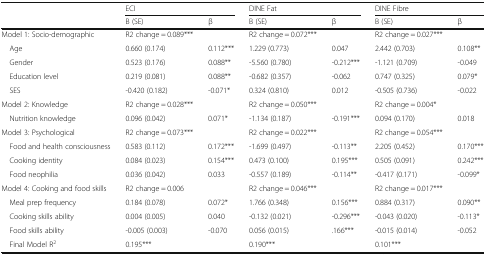
<table><thead><tr><td></td><td colspan="2"><b>ECI</b></td><td colspan="2"><b>DINE Fat</b></td><td colspan="2"><b>DINE Fibre</b></td></tr><tr><td></td><td><b>B (SE)</b></td><td><b>β</b></td><td><b>B (SE)</b></td><td><b>β</b></td><td><b>B (SE)</b></td><td><b>β</b></td></tr></thead><tbody><tr><td>Model 1: Socio-demographic</td><td>R2 change = 0.089***</td><td></td><td>R2 change = 0.072***</td><td></td><td>R2 change = 0.027***</td><td></td></tr><tr><td> Age</td><td>0.660 (0.174)</td><td>0.112***</td><td>1.229 (0.773)</td><td>0.047</td><td>2.442 (0.703)</td><td>0.108**</td></tr><tr><td> Gender</td><td>0.523 (0.176)</td><td>0.088**</td><td>-5.560 (0.780)</td><td>-0.212***</td><td>-1.121 (0.709)</td><td>-0.049</td></tr><tr><td> Education level</td><td>0.219 (0.081)</td><td>0.088**</td><td>-0.682 (0.357)</td><td>-0.062</td><td>0.747 (0.325)</td><td>0.079*</td></tr><tr><td> SES</td><td>-0.420 (0.182)</td><td>-0.071*</td><td>0.324 (0.810)</td><td>0.012</td><td>-0.505 (0.736)</td><td>-0.022</td></tr><tr><td>Model 2: Knowledge</td><td>R2 change = 0.028***</td><td></td><td>R2 change = 0.050***</td><td></td><td>R2 change = 0.004*</td><td></td></tr><tr><td> Nutrition knowledge</td><td>0.096 (0.042)</td><td>0.071*</td><td>-1.134 (0.187)</td><td>-0.191***</td><td>0.094 (0.170)</td><td>0.018</td></tr><tr><td>Model 3: Psychological</td><td>R2 change = 0.073***</td><td></td><td>R2 change = 0.022***</td><td></td><td>R2 change = 0.054***</td><td></td></tr><tr><td> Food and health consciousness</td><td>0.583 (0.112)</td><td>0.172***</td><td>-1.699 (0.497)</td><td>-0.113**</td><td>2.205 (0.452)</td><td>0.170***</td></tr><tr><td> Cooking identity</td><td>0.084 (0.023)</td><td>0.154***</td><td>0.473 (0.100)</td><td>0.195***</td><td>0.505 (0.091)</td><td>0.242***</td></tr><tr><td> Food neophilia</td><td>0.036 (0.042)</td><td>0.033</td><td>-0.557 (0.189)</td><td>-0.114**</td><td>-0.417 (0.171)</td><td>-0.099*</td></tr><tr><td>Model 4: Cooking and food skills</td><td>R2 change = 0.006</td><td></td><td>R2 change = 0.046***</td><td></td><td>R2 change = 0.017***</td><td></td></tr><tr><td> Meal prep frequency</td><td>0.184 (0.078)</td><td>0.072*</td><td>1.766 (0.348)</td><td>0.156***</td><td>0.884 (0.317)</td><td>0.090**</td></tr><tr><td> Cooking skills ability</td><td>0.004 (0.005)</td><td>0.040</td><td>-0.132 (0.021)</td><td>-0.296***</td><td>-0.043 (0.020)</td><td>-0.113*</td></tr><tr><td> Food skills ability</td><td>-0.005 (0.003)</td><td>-0.070</td><td>0.056 (0.015)</td><td>.166***</td><td>-0.015 (0.014)</td><td>-0.052</td></tr><tr><td> Final Model R<sup>2</sup></td><td>0.195***</td><td></td><td>0.190***</td><td></td><td>0.101***</td><td></td></tr></tbody></table>